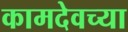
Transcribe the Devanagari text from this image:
कामदेवच्या